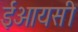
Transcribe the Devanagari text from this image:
ईआयसी